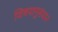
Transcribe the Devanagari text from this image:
विषयानुसंधान